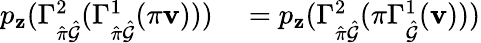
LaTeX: \begin{array}{rl}{p_{\mathbf{z}}(\Gamma_{\hat{\pi}\hat{\mathcal{G}}}^{2}(\Gamma_{\hat{\pi}\hat{\mathcal{G}}}^{1}(\pi\mathbf{v})))}&{{}=p_{\mathbf{z}}(\Gamma_{\hat{\pi}\hat{\mathcal{G}}}^{2}(\pi\Gamma_{\hat{\mathcal{G}}}^{1}(\mathbf{v})))}\end{array}